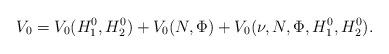
LaTeX: \begin{align*}V_0 = V_0(H^{0}_{1},H^{0}_{2}) + V_0(N,\Phi) +V_0(\nu,N,\Phi,H^{0}_{1},H^{0}_{2}). \end{align*}